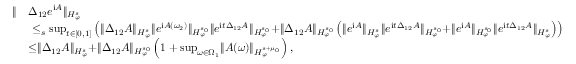
\begin{array} { r l } { \rVert } & { \Delta _ { 1 2 } e ^ { \mathrm { i } A } \rVert _ { H _ { \varphi } ^ { s } } } \\ & { \ \le _ { s } \operatorname* { s u p } _ { t \in [ 0 , 1 ] } \left( \rVert \Delta _ { 1 2 } A \rVert _ { H _ { \varphi } ^ { s } } \rVert e ^ { \mathrm { i } A ( \omega _ { 2 } ) } \rVert _ { H _ { \varphi } ^ { s _ { 0 } } } \rVert e ^ { \mathrm { i } t \Delta _ { 1 2 } A } \rVert _ { H _ { \varphi } ^ { s _ { 0 } } } + \rVert \Delta _ { 1 2 } A \rVert _ { H _ { \varphi } ^ { s _ { 0 } } } \left( \rVert e ^ { \mathrm { i } A } \rVert _ { H _ { \varphi } ^ { s } } \rVert e ^ { \mathrm { i } t \Delta _ { 1 2 } A } \rVert _ { H _ { \varphi } ^ { s _ { 0 } } } + \rVert e ^ { \mathrm { i } A } \rVert _ { H _ { \varphi } ^ { s _ { 0 } } } \rVert e ^ { \mathrm { i } t \Delta _ { 1 2 } A } \rVert _ { H _ { \varphi } ^ { s } } \right) \right) } \\ & { \le \rVert \Delta _ { 1 2 } A \rVert _ { H _ { \varphi } ^ { s } } + \rVert \Delta _ { 1 2 } A \rVert _ { H _ { \varphi } ^ { s _ { 0 } } } \left( 1 + \operatorname* { s u p } _ { \omega \in \Omega _ { 1 } } \rVert A ( \omega ) \rVert _ { H _ { \varphi } ^ { s + \mu _ { 0 } } } \right) , } \end{array}